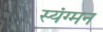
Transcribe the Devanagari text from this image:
स्यंग्मन